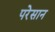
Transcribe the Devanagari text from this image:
परेसान